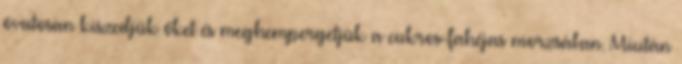
óvatosan kiszedjük őket és meghempergetjük a cukros-fahéjas morzsában. Miután